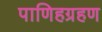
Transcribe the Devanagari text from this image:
पाणिहग्रहण